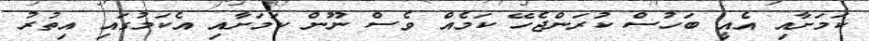
ކަމަށާއި އެއީ ބަހުސް ކުރަންޖެހޭ ކަމެއް ވެސް ނޫން ކަމަށާއި އެކަމުގައި އިތުރު